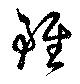
雖